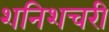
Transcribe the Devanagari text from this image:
शनिशचरी